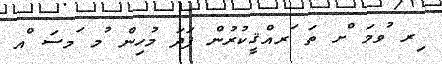
ިރ ުވމަ ްށ ތަ ަރއްޤީކުރުން ފަދަ މުހިން ުމ ަމސަ ްއ